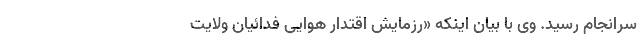
سرانجام رسید. وی با بیان اینکه «رزمایش اقتدار هوایی فدائیان ولایت